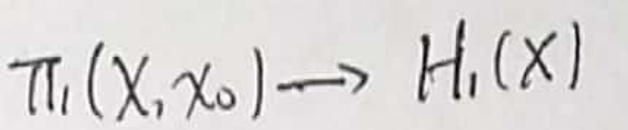
$\pi_1(X,x_0)\rightarrow H_1(X)$